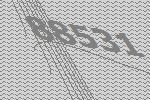
88531